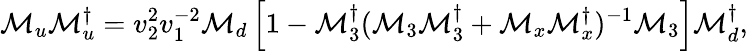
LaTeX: {\cal M}_{u}{\cal M}_{u}^{\dagger}=v_{2}^{2}v_{1}^{-2}{\cal M}_{d}\left[1-{\cal M}_{3}^{\dagger}({\cal M}_{3}{\cal M}_{3}^{\dagger}+{\cal M}_{x}{\cal M}_{x}^{\dagger})^{-1}{\cal M}_{3}\right]{\cal M}_{d}^{\dagger},